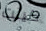
كينت